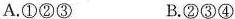
A.①②③ B.②③④